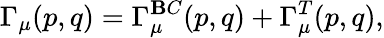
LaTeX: \Gamma_{\mu}(p,q)=\Gamma_{\mu}^{\mathbf{B}C}(p,q)+\Gamma_{\mu}^{T}(p,q),